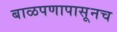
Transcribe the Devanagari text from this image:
बाळपणापासूनच